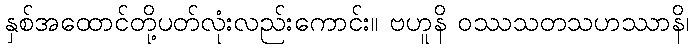
နှစ်အထောင်တို့ပတ်လုံးလည်းကောင်း။ ဗဟူနိ ဝဿသတသဟဿာနိ၊